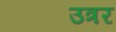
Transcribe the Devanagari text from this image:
उत्रर